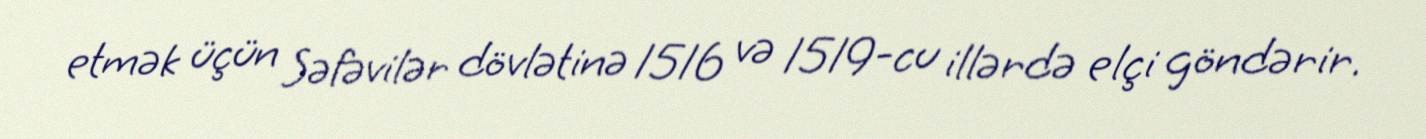
etmək üçün Səfəvilər dövlətinə 1516 və 1519-cu illərdə elçi göndərir.